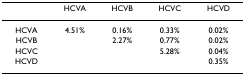
|  | HCVA | HCVB | HCVC | HCVD |
 | --- | --- | --- | --- | --- |
 | HCVA | 4.51% | 0.16% | 0.33% | 0.02% |
 | HCVB |  | 2.27% | 0.77% | 0.02% |
 | HCVC |  |  | 5.28% | 0.04% |
 | HCVD |  |  |  | 0.35% |